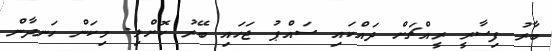
ބާރު ފިސާރީ ރީއްޗަށް ދައްކައި ސައްޕު ޖަހައި ބޭރު ކޮށްލި. މިކަން ހަނދާން